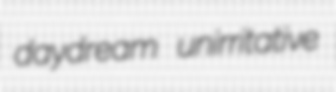
daydream unirritative